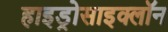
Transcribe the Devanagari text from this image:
हाइड्रोसाइक्लॉन